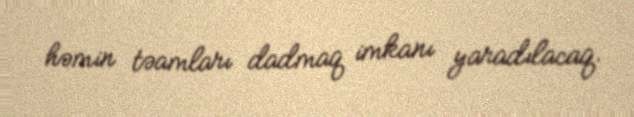
həmin təamları dadmaq imkanı yaradılacaq.